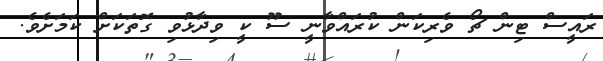
ރައީސް ޓިން ޗޯ ވެރިކަން ކުރައްވާނީ ސޫ ކީ ވިދާޅުވި ގޮތަކަށް ކަމަށެވެ.